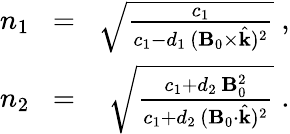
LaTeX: \begin{array}{rlr}{n_{1}\! }&{=}&{\! \sqrt{\frac{c_{1}}{c_{1}-d_{1}\, ({\mathbf B}_{0}\times\hat{{\mathbf k}})^{2}}}\; ,}\\ {n_{2}\! }&{=}&{\! \sqrt{\frac{c_{1}+d_{2}\, {\mathbf B}_{0}^{2}}{c_{1}+d_{2}\, ({\mathbf B}_{0}\cdot\hat{{\mathbf k}})^{2}}}\; .}\end{array}